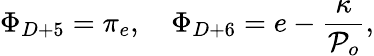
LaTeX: \Phi_{D+5}=\pi_{e},\quad\Phi_{D+6}=e-\frac{\kappa}{{\cal P}_{o}},